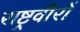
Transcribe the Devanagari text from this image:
राष्ट्रवीरों